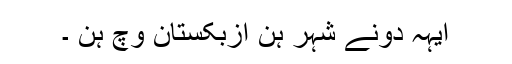
ایہہ دونے شہر ہن ازبکستان وچّ ہن ۔